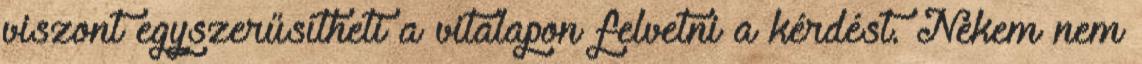
viszont egyszerűsítheti a vitalapon felvetni a kérdést. Nekem nem